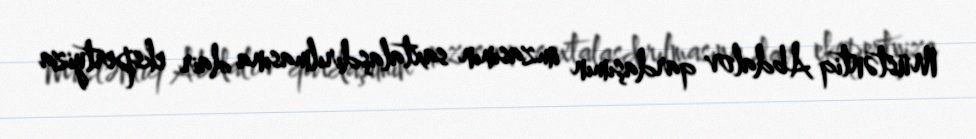
Müstəntiq Abdalov qardaşımın imzasının saxtalaşdırılmasına dair ekspertyiza